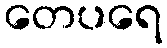
တေပရေ